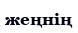
жеңнің